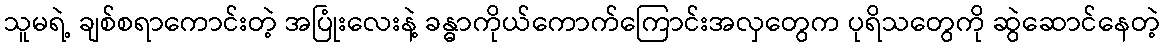
သူမရဲ့ ချစ်စရာကောင်းတဲ့ အပြုံးလေးနဲ့ ခန္ဓာကိုယ်ကောက်ကြောင်းအလှတွေက ပုရိသတွေကို ဆွဲဆောင်နေတဲ့